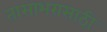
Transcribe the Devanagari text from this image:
तासाभरासाठी